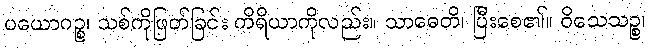
ပယောဂဉ္စ၊ သစ်ကိုဖြတ်ခြင်း ကိရိယာကိုလည်း။ သာဓေတိ၊ ပြီးစေ၏။ ဝိသေသဉ္စ၊